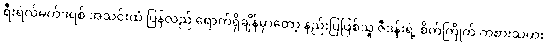
ရီးရဲလ်မက်ဒရစ် အသင်းထံ ပြန်လည် ရောက်ရှိချိန်မှာတော့ နည်းပြဖြစ်သူ ဇီဒန်းရဲ့ စိတ်ကြိုက် ကစားသမား